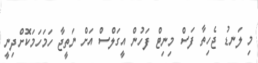
މި ލަނޑު ޖެހިތާ ފަސް މިނިޓް ފަހުން އީގަލްސް އަށް ނަތީޖާ ހަމަހަމަކޮށްދިނީ